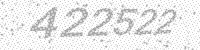
Solution: 422522